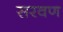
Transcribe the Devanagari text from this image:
सरवण